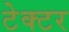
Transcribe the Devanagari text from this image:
टेक्टर